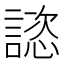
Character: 𧫎